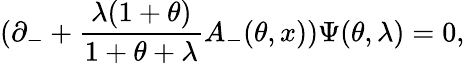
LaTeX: (\partial_{-}+\frac{\lambda(1+\theta)}{1+\theta+\lambda}A_{-}(\theta,x))\Psi(\theta,\lambda)=0,